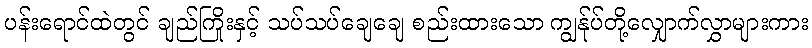
ပန်းရောင်ထဲတွင် ချည်ကြိုးနှင့် သပ်သပ်ချေချေ စည်းထားသော ကျွန်ုပ်တို့လျှောက်လွှာများကား